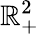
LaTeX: \mathbb{R}_{+}^{2}